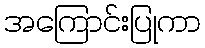
အကြောင်းပြုကာ